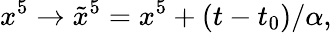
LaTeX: x^{5}\to\tilde{x}^{5}=x^{5}+(t-t_{0})/\alpha,